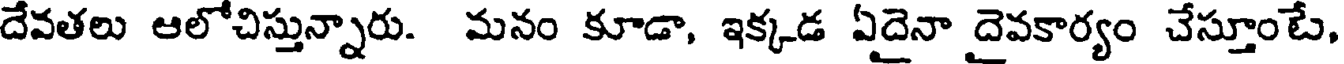
దేవతలు ఆలోచిస్తున్నారు. మనం కూడా, ఇక్కడ ఏదైనా దైవకార్యం చేస్తూంటే,